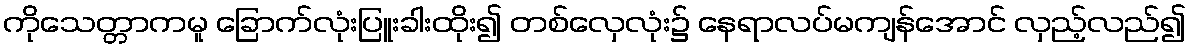
ကိုသေတ္တာကမူ ခြောက်လုံးပြူးခါးထိုး၍ တစ်လှေလုံး၌ နေရာလပ်မကျန်အောင် လှည့်လည်၍